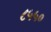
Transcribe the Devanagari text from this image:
८५५०